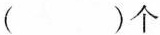
（）个